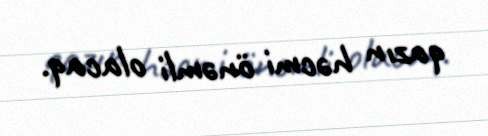
qazın həcmi önəmli olacaq.